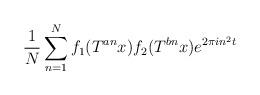
LaTeX: \begin{align*} \frac{1}{N}\sum_{n=1}^N f_1(T^{an}x)f_2(T^{bn}x) e^{2\pi i n^2 t} \end{align*}